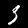
Label: 3